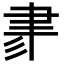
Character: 𦘔